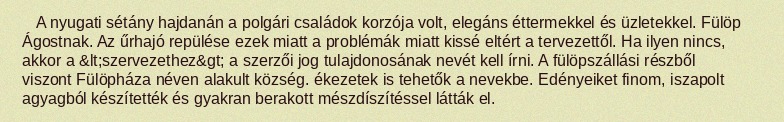
A nyugati sétány hajdanán a polgári családok korzója volt, elegáns éttermekkel és üzletekkel. Fülöp Ágostnak. Az űrhajó repülése ezek miatt a problémák miatt kissé eltért a tervezettől. Ha ilyen nincs, akkor a &lt;szervezethez&gt; a szerzői jog tulajdonosának nevét kell írni. A fülöpszállási részből viszont Fülöpháza néven alakult község. ékezetek is tehetők a nevekbe. Edényeiket finom, iszapolt agyagból készítették és gyakran berakott mészdíszítéssel látták el.